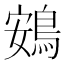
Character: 鴳